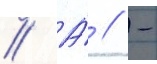
// А́ // -